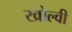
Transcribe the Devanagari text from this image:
खोल्वी